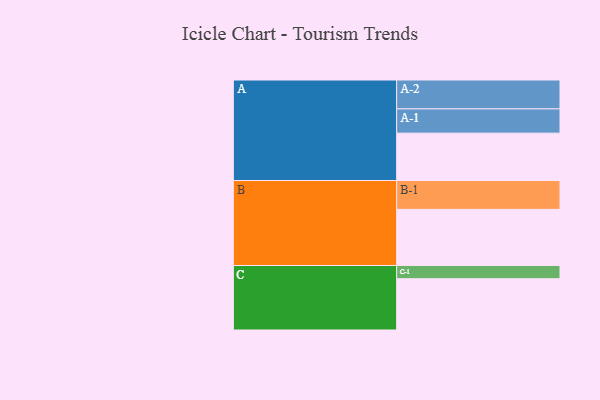
{"axis": {"x": "Segment", "y": "Value"}, "legend": ["", "A", "B", "C"], "data": [{"x": "A", "y": 412, "type": ""}, {"x": "B", "y": 488, "type": ""}, {"x": "C", "y": 446, "type": ""}, {"x": "A-1", "y": 211, "type": "A"}, {"x": "A-2", "y": 251, "type": "A"}, {"x": "B-1", "y": 251, "type": "B"}, {"x": "C-1", "y": 115, "type": "C"}]}